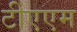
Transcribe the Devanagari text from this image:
टीएएम